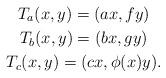
LaTeX: \begin{gather*}T_a(x,y) = (ax, fy)\\T_b(x,y) = (bx, gy)\\T_c(x,y) = (cx, \phi(x)y).\end{gather*}